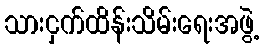
သားငှက်ထိန်းသိမ်းရေးအဖွဲ့